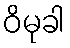
ဝိမုခါ